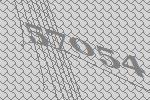
57054